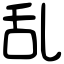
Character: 乱